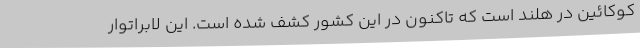
کوکائین در هلند است که تاکنون در این کشور کشف شده است. این لابراتوار